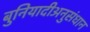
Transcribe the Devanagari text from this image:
बुनियादीअनुसंधान